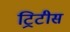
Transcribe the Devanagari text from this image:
ट्रिटीस